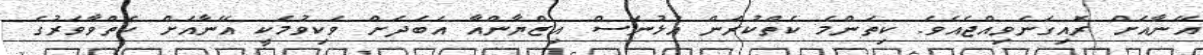
އޭނާއަށް ރޮއިގަނެވިއްޖެއެވެ. ކިތަންމެ ކެތްކުރަން އުޅުނަސް އިޒްޔާންއާ އަބަދަށް ވަކިވުމަކީ އޭނާއަށް ކެތްވާވަރުގެ